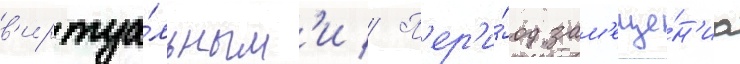
в'иртуа́льным'и // П'ер'и́од зам'еще́н'иа